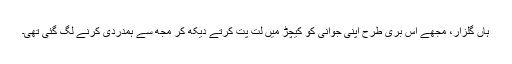
ہاں گلزار، مجھے اس بُری طرح اپنی جوانی کو کیچڑ میں لت پت کرتے دیکھ کر مجھ سے ہمدردی کرنے لگ گئی تھی۔